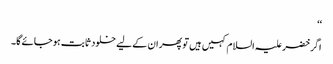
‘‘
اگر خضر علیہ السلام کہیں ہیں تو پھر ان کے لیے خلود ثابت ہو جائے گا۔